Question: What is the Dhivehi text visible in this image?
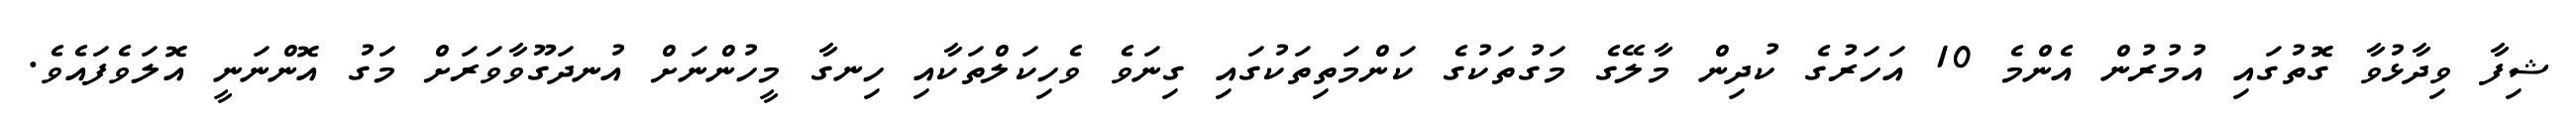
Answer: ޝިފާ ވިދާޅުވާ ގޮތުގައި އުމުރުން އެންމެ 10 އަހަރުގެ ކުދިން މާލޭގެ މަގުތަކުގެ ކަންމަތިތަކުގައި ގިނަވެ ވެހިކަލްތަކާއި ހިނގާ މީހުންނަށް އުނދަގޫވާވަރަށް މަގު އޮންނަނީ އޮލަވެފައެވެ.